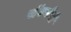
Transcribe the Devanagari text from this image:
सॅटर्नची